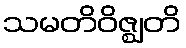
သမတိဝိဇ္ဈတိ